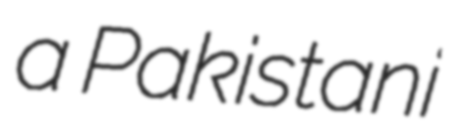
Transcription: a Pakistani